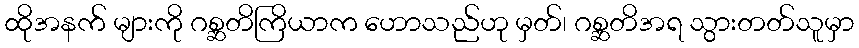
ထိုအနက် များကို ဂစ္ဆတိကြိယာက ဟောသည်ဟု မှတ်၊ ဂစ္ဆတိအရ သွားတတ်သူမှာ